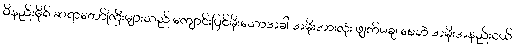
ဝိနည်းဓိုရ် ဆရာတော်ကြီးများသည် ကျောင်းပြင်မိုးသောအခါ အမိုးအားလုံး ဖျက်မချ စေဘဲ အမိုးအနည်းငယ်